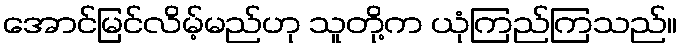
အောင်မြင်လိမ့်မည်ဟု သူတို့က ယုံကြည်ကြသည်။